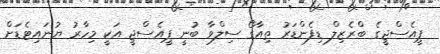
ޕީއެސްޖީގެ ބްރެޒިލް ޑިފެންޑަރު ތިއާގޯ ސިލްވާ ބުނީ ޕީއެސްޖީ އަކީ މިހާރު ޔުނައިޓެޑަށް